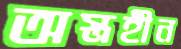
অস্ত্রহীন